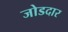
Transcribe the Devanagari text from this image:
जोडदार